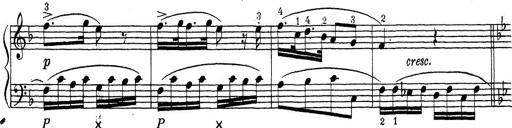
Title: ÄŒeskÃ© Sonatiny
Composer: Various